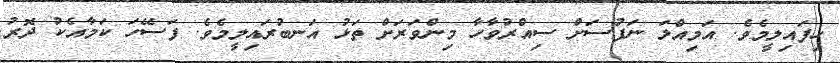
ހިފައިލީމެވެ. އަމިއްލަ ނަފުސަށް ސިއްރުވާހާ މިންވަރަށް ތަޅު އަނބުރައިލީމެވެ. ފަސޭހަ ކަމާއެކު ދޮރު